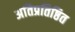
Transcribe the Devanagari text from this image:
अतिप्रतिष्ठित